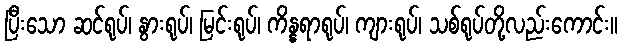
ပြီးသော ဆင်ရုပ်၊ နွားရုပ်၊ မြင်းရုပ်၊ ကိန္နရာရုပ်၊ ကျားရုပ်၊ သစ်ရုပ်တို့လည်းကောင်း။